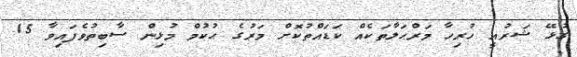
ގުޅޭ ޝަރުއީ ހުރިހާ މަރްޙަލާތަކެއް ކަޑައްތުކޮށް މަރުގެ ޙުކުމް މުޅިން ސާބިތުވެފައިވާ 15